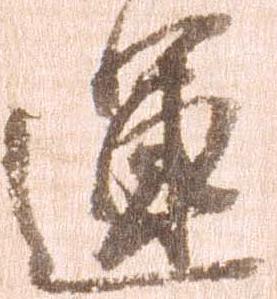
運